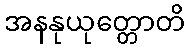
အနနုယုတ္တောတိ